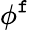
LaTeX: \phi^{\mathtt{f}}